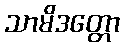
သာမိဒတ္တော